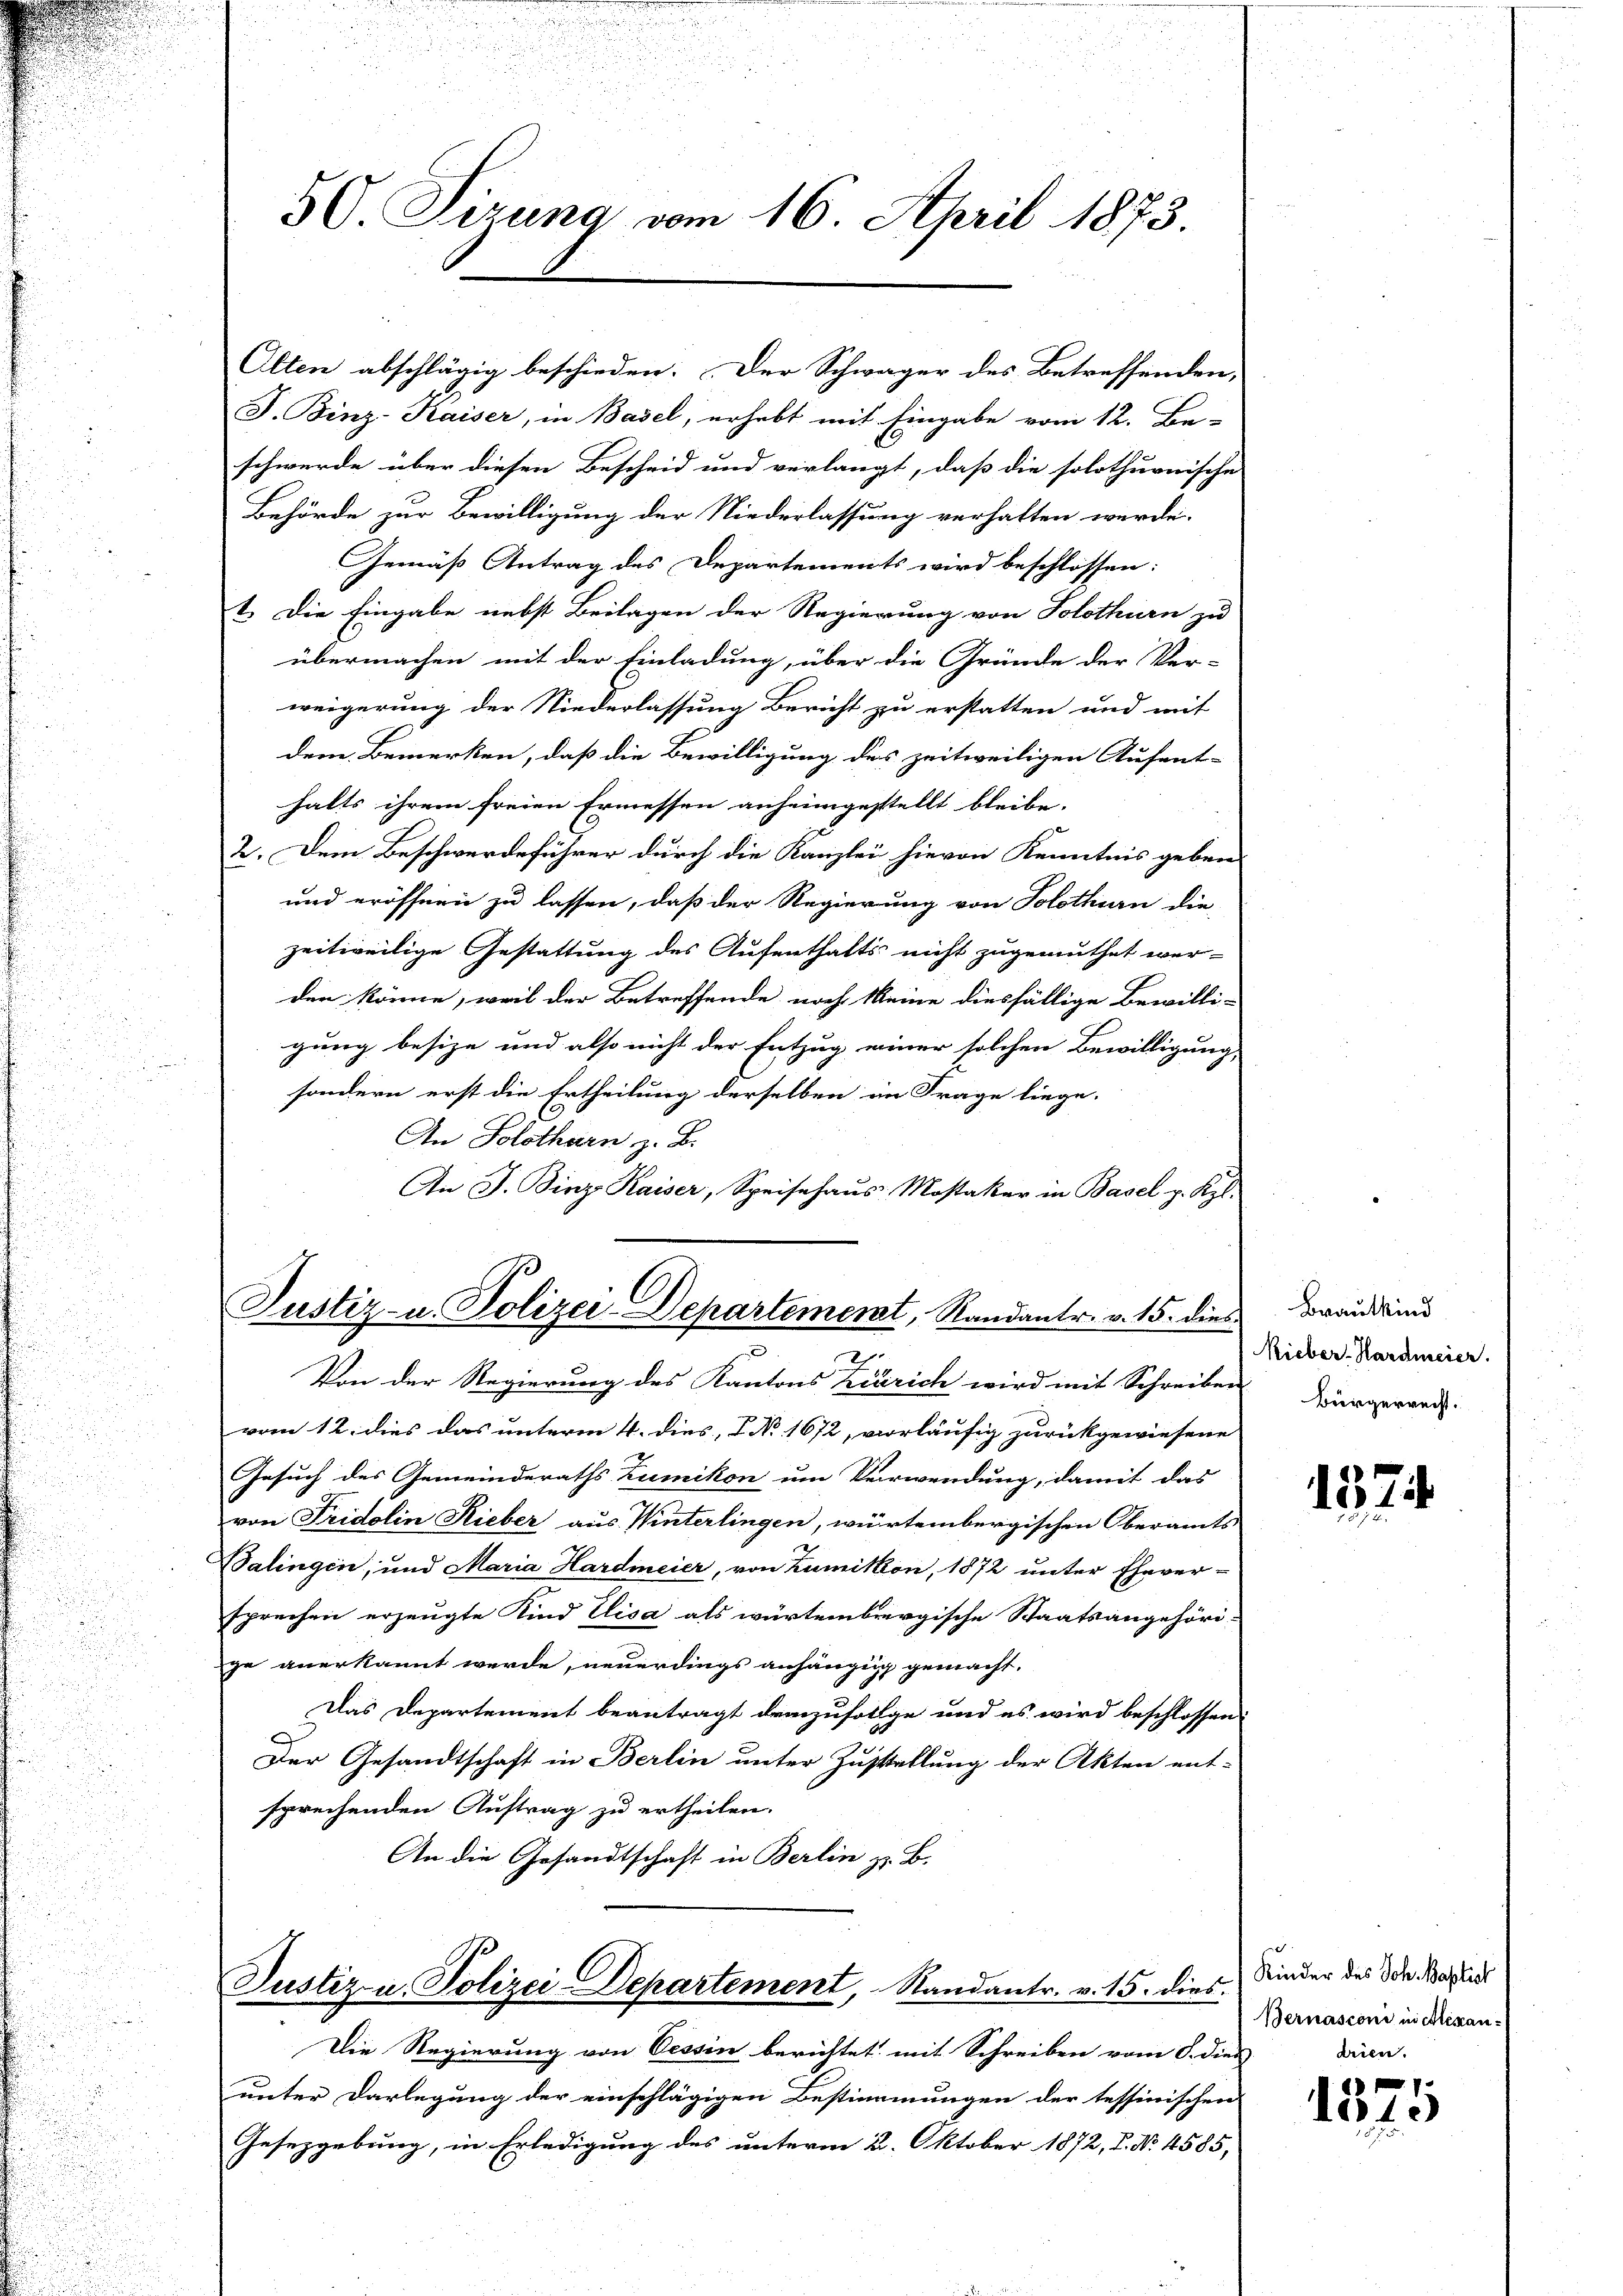
u
50 Sizung vom 16. April 1873

J. Binz-Kaiser, in Basel, erhebt mit Eingabe vom 12. Be-
schwerde über diesen Bescheid und verlangt, daß die solothurnische
Behörde zur Bewilligung der Niederlassung verhalten werde.
Gemäß Antrag des Departements wird beschlossen:
1. Die Eingabe nebst Beilagen der Regierung von Solothurn zu
übermachen mit der Einladung, über die Gründe der Ver-
weigerung der Niederlassung Bericht zu erstatten und mit
dem Bemerken, daß die Bewilligung des zeitweiligen Aufent-
halts ihrem freien Ermessen anheimgestellt bleibe. |
2. Dem Beschwerdeführer durch die Kanzlei hievon Kenntnis geben
und eröffnen zu lassen, daß der Regierung von Solothurn die
zeitweilige Gestattung des Aufenthalts nicht zugemuthet wer-
den könne, weil der Betreffende noch keine diesfällige Bewilli-
gung besize und also nicht der Entzug einer solchen Bewilligung
sondern erst die Ertheilung derselben im Frage liege.
An Solothurn, z. B.
An J. Binz Kaiser, Speisehaus. Mostaker in Basel p. Kpl.

Alten abschlägig beschieden. Der Schwäger des Betreffenden,

Von der Regierung des Kantons Zürich wird mit Schreiben
vom 12. dies das unterm 4. dies, No 1672, vorläufig zurückgewiesene
Gesuch des Gemeinderaths Zumikon um Verwendung, damit das
von Fridolin Rieber aus Winterlingen, würtembergischen Oberamts-
Balingen, und Maria Hardmeier, von Zumikon, 1872 unter Ehever-
sprechen erzeugte Kind Elisa als würtembergische Staatsangehöri-
ge anerkannt werde, neuerdings anhängig gemacht.
Das Departement beantragt demzufolge und es wird beschlossen:
.
Der Gesandtschaft in Berlin unter Zustellung der Akten ent-
sprechenden Auftrag zu ertheilen.
An die Gesandtschaft in Berlin z. B.

Justiz- u. Polizei-Departement, Randantr. v. 15. dies
2

Justiz u. Polizei-Departement, Randantr. v. 15. dies

Die Regierung von Tessin berichtet mit Schreiben vom 8. dies
unter Darlegung der einschlägigen Bestimmungen der tessinischen
Gesetzgebung, in Erledigung des unterm 2. Oktober 1872, 2. No. 4585,

Brautkind
Rieber-Hardmeier.
Bürgerrecht.

1374

Kinder des Joh. Baptist
Bernasconi in Alexandrien.

e
1040